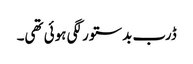
ڈرب بدستور لگی ہوئی تھی۔